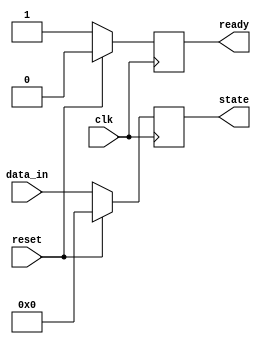
module reset_condition_block (
    input wire clk,            // Clock signal
    input wire reset,          // Active high reset signal
    input wire [7:0] data_in,  // Example input data
    output reg [7:0] state,    // State variable
    output reg ready           // Output signal indicating readiness
);

    // Initial values for state variables
    initial begin
        state = 8'b00000000;   // Initialize state to zero
        ready = 1'b0;          // Initialize ready to low
    end

    // Synchronous reset logic
    always @(posedge clk) begin
        if (reset) begin
            // Reset condition: Initialize state variables
            state <= 8'b00000000; // Reset state variable to zero
            ready <= 1'b0;        // Set ready signal to low during reset
        end else begin
            // Normal operation logic (example)
            state <= data_in;     // Update state based on input data
            ready <= 1'b1;        // Set ready signal high when not in reset
        end
    end

endmodule